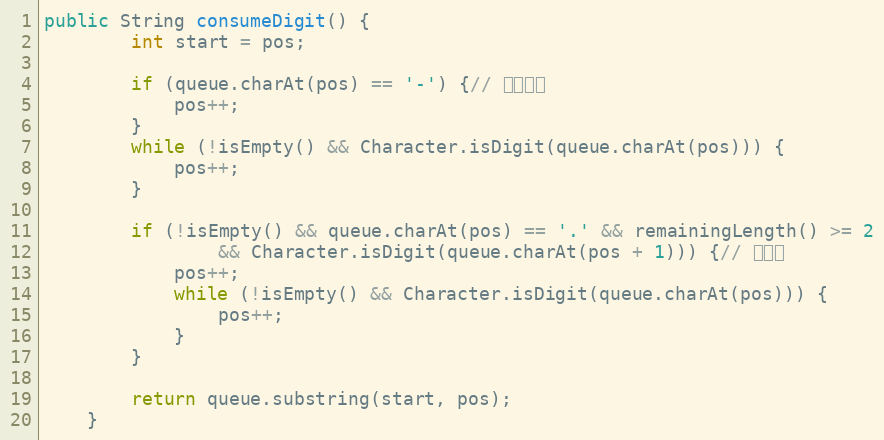
Language: Java
public String consumeDigit() {
        int start = pos;

        if (queue.charAt(pos) == '-') {// 负数标记
            pos++;
        }
        while (!isEmpty() && Character.isDigit(queue.charAt(pos))) {
            pos++;
        }

        if (!isEmpty() && queue.charAt(pos) == '.' && remainingLength() >= 2
                && Character.isDigit(queue.charAt(pos + 1))) {// 小数点
            pos++;
            while (!isEmpty() && Character.isDigit(queue.charAt(pos))) {
                pos++;
            }
        }

        return queue.substring(start, pos);
    }